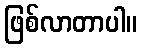
ဖြစ်လာတာပါ။